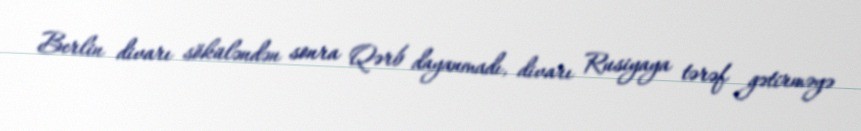
Berlin divarı söküləndən sonra Qərb dayanmadı, divarı Rusiyaya tərəf gətirməyə